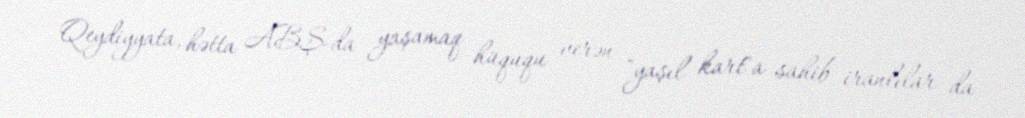
Qeydiyyata, hətta ABŞ-da yaşamaq hüququ verən "yaşıl kart"a sahib iranlılar da